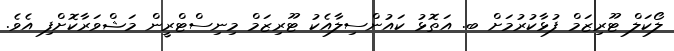
ލޯކަލް ޓޫރިޒަމް ފުޅާކުރުމަށް ބ. އަތޮޅު ކައުންސިލާއެކު ޓޫރިޒަމް މިނިސްޓްރީން މަޝްވަރާކޮށްފި އެވެ.